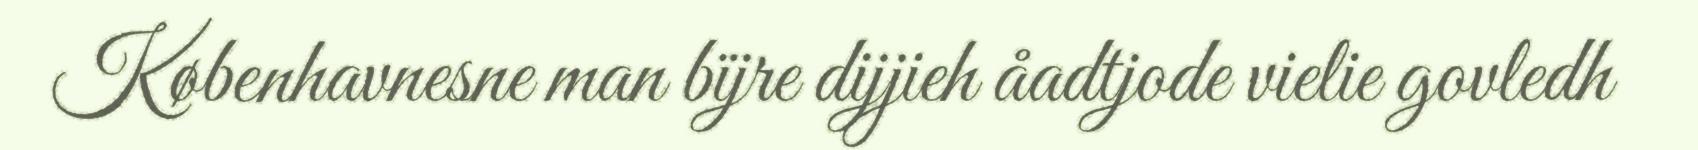
Københavnesne man bïjre dijjieh åadtjode vielie govledh